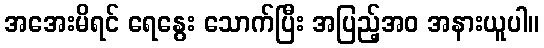
အအေးမိရင် ရေနွေး သောက်ပြီး အပြည့်အဝ အနားယူပါ။